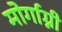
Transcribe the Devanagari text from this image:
मोर्गाग्नी